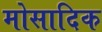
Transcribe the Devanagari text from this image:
मोसादिक